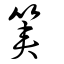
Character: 筴